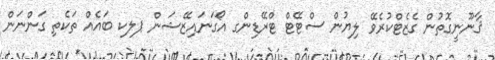
ޤާނޫނީގޮތުން ގެޒެޓްކުރެވޭ ލިޔުން ސްޓޭޓް ޓްރޭޑިންގ އޯގަނައިޒޭޝަން ޕލކ ބައެއް ތަކެތި ގަންނަން